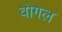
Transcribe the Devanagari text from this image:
वोगल